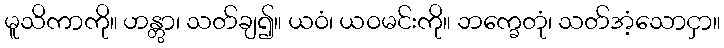
မူသိကာကို။ ဟန္တွာ၊ သတ်ချ၍။ ယဝံ၊ ယဝမင်းကို။ ဘက္ခေတုံ၊ သတ်အံ့သောငှာ။